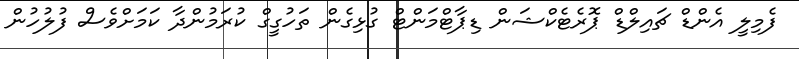
ފެމިލީ އެންޑް ޗައިލްޑް ޕޮރެޓެކްޝަން ޑިޕާޓްމަންޓް ގުޅިގެން ތަހުގީގް ކުރަމުންދާ ކަމަށްވެސް ފުލުހުން